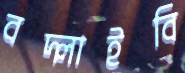
বদ্‌লাইবি